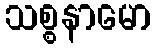
သစ္စနာမော